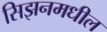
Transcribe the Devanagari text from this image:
सिझनमधील